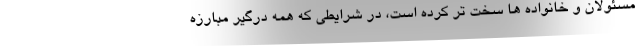
مسئولان و خانواده ها سخت تر کرده است، در شرایطی که همه درگیر مبارزه